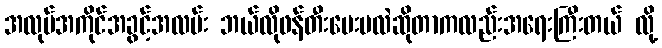
အလုပ်အကိုင်အခွင့်အလမ်း ဘယ်လိုဖန်တီးပေးမလဲဆိုတာကလည်းအရေးကြီးတယ် လို့